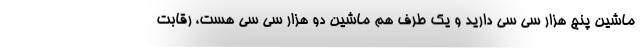
ماشین پنج هزار سی سی دارید و یک طرف هم ماشین دو هزار سی سی هست، رقابت